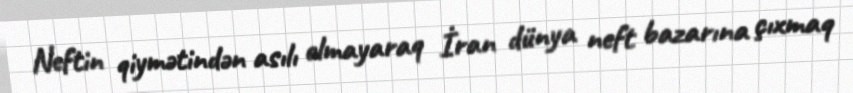
Neftin qiymətindən asılı olmayaraq İran dünya neft bazarına çıxmaq